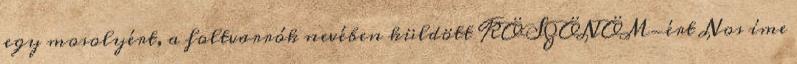
egy mosolyért, a foltvarrók nevében küldött KÖSZÖNÖM-ért Nos íme